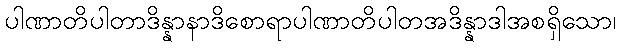
ပါဏာတိပါတာဒိန္နာနာဒိစောရာပါဏာတိပါတအဒိန္နာဒါအစရှိသော၊